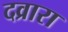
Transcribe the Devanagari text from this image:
दव्रारा